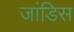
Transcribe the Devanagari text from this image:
जांडिस